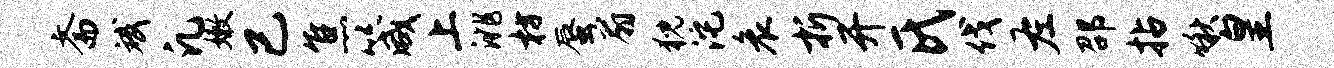
斋斌凡嫩已焦箴上洮枋蜃扇猊沱哀折开氏伐左邵拈啾皇